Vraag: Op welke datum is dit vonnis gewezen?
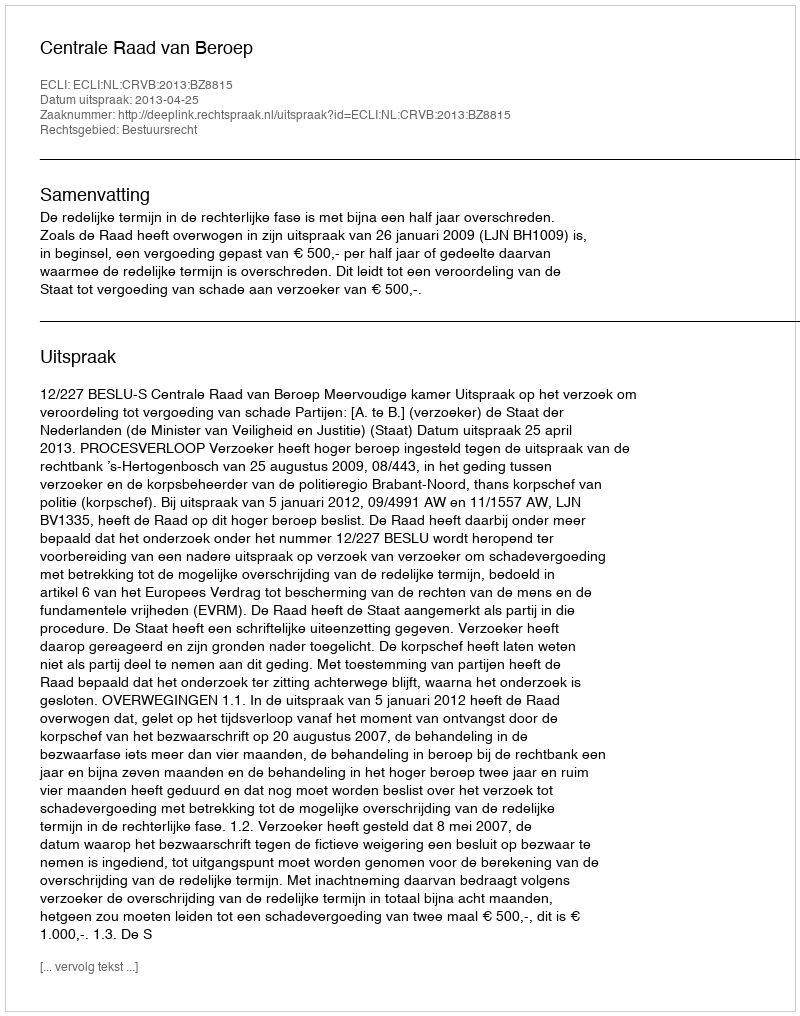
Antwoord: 2013-04-25